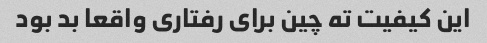
این کیفیت ته چین برای رفتاری واقعا بد بود